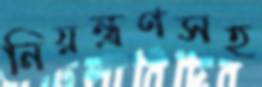
নিয়ন্ত্রণসহ